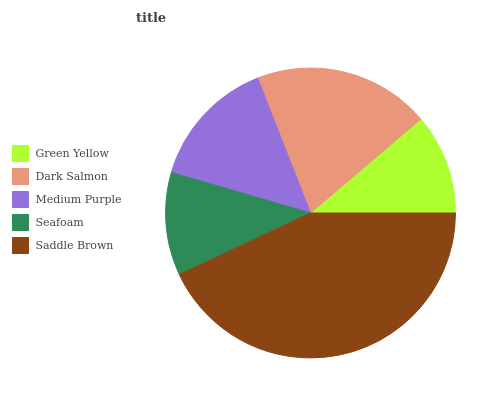
| Green Yellow | Dark Salmon | Medium Purple | Seafoam | Saddle Brown |
 | --- | --- | --- | --- | --- |
 | 11.2% | 19.7% | 14.6% | 11.5% | 43% |